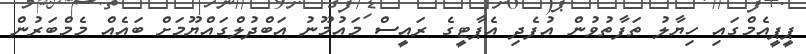
ޕީޕީއެމްގައި ހިޔާލު ތަފާތުވުން އުފެދި އެޕާޓީގެ ރައީސް މައުމޫނު އަބްދުލްގައްޔޫމަށް ބައެއް މެމްބަރުން